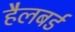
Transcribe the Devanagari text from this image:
हैलबर्ड